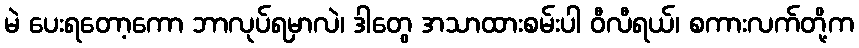
မဲ ပေးရတော့ကော ဘာလုပ်ရမှာလဲ၊ ဒါတွေ အသာထားစမ်းပါ ဝီလီရယ်၊ စကားလက်တို့က